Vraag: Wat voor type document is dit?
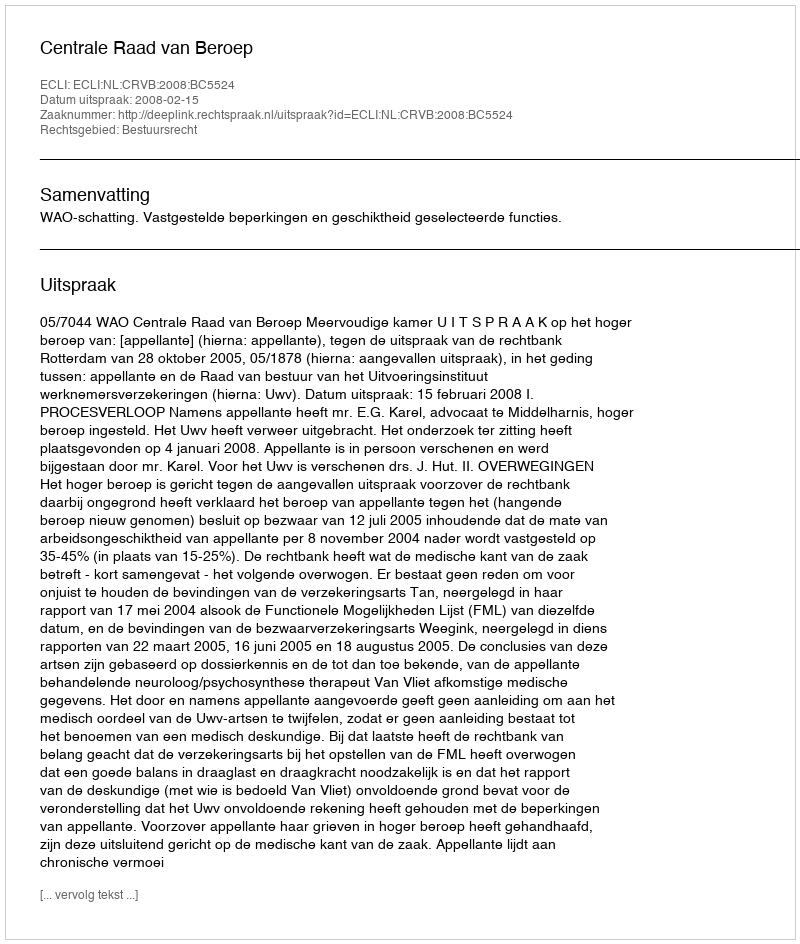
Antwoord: Uitspraak